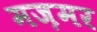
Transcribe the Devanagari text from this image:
मज़मर